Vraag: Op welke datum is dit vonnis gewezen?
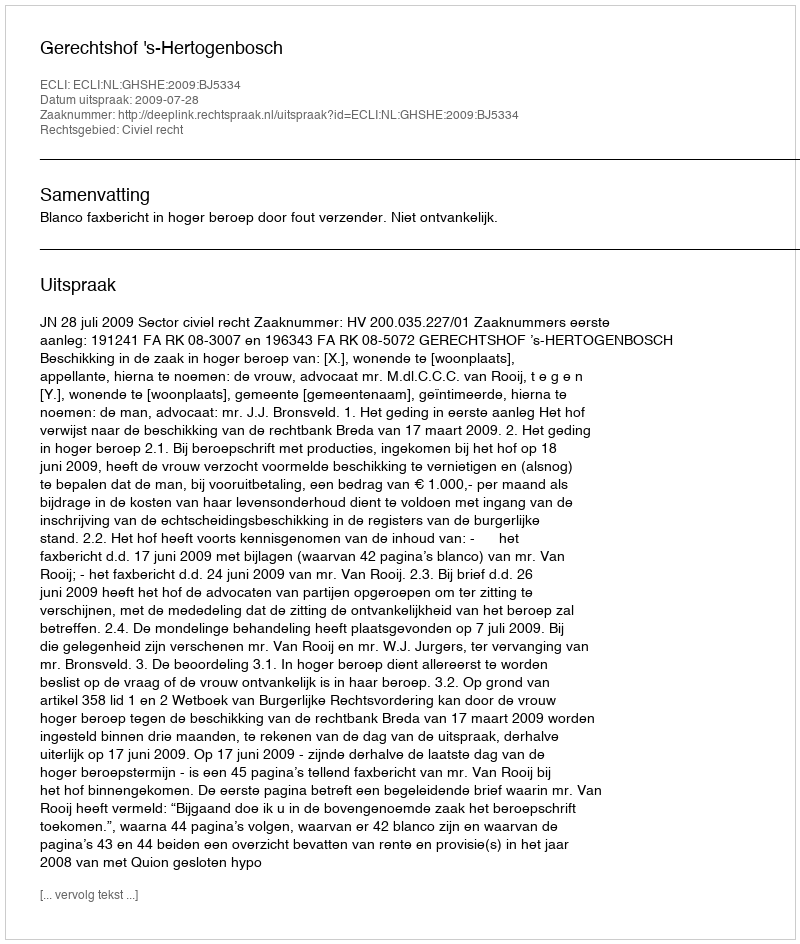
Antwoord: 2009-07-28